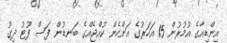
އިންޑިއާގެ އުމުރުން 15 އަހަރުގެ އަންހެން ކުއްޖެއްގެ ބަނޑުން ފަސް ފޫޓު ދިގު